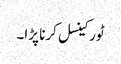
ٹور کینسل کرنا پڑا۔